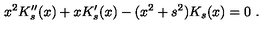
x ^ { 2 } K _ { s } ^ { \prime \prime } ( x ) + x K _ { s } ^ { \prime } ( x ) - ( x ^ { 2 } + s ^ { 2 } ) K _ { s } ( x ) = 0 \ .